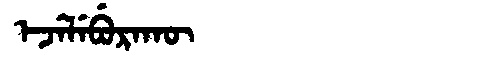
Manchu: ᡝᠵᡝᠯᡝᠪᡠᡵᠠᡴᡡ
Romanization: EJELEBURAKŪ